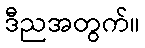
ဒီညအတွက်။